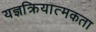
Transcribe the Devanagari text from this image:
यज्ञक्रियात्मकता